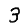
Digit: 3